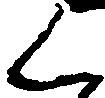
く